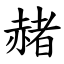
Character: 赭